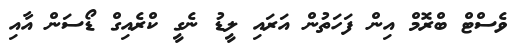
ވެސްޓް ބްރޮމް އިން ފަހަތުން އަރައި ލީޑު ނެގީ ކްރެއިގް ޑޯސަން އާއި